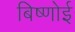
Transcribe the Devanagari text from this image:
बिष्णोई